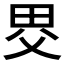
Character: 𤱀